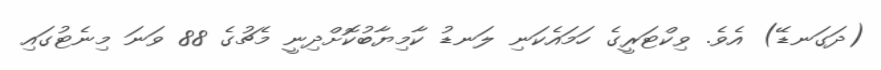
(ދަގަނޑޭ) އެވެ. ވިކްޓަރީގެ ހަމައެކަނި ލަނޑު ކާމިޔާބުކޮށްދިނީ މެޗުގެ 88 ވަނަ މިނެޓުގައި